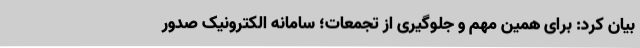
بیان کرد: برای همین مهم و جلوگیری از تجمعات؛ سامانه الکترونیک صدور